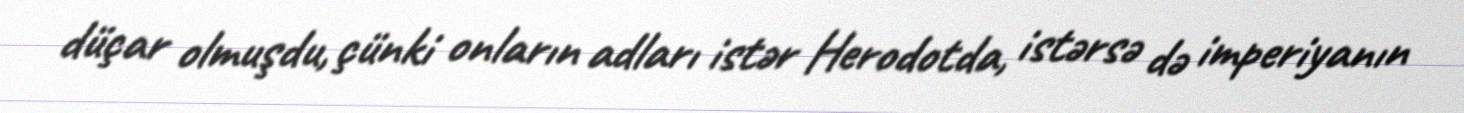
düçar olmuşdu, çünki onların adları istər Herodotda, istərsə də imperiyanın